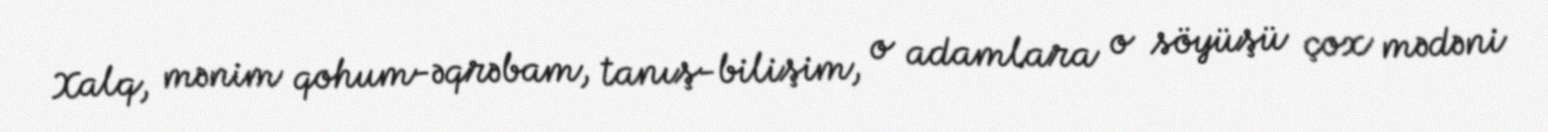
Xalq, mənim qohum-əqrəbam, tanış-bilişim, o adamlara o söyüşü çox mədəni